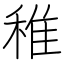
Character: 稚